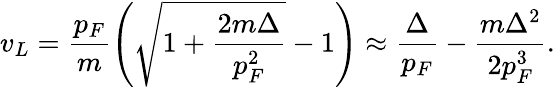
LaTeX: v_{L}=\frac{p_{F}}{m}\left(\sqrt{1+\frac{2m\Delta}{p_{F}^{2}}}-1\right)\approx\frac{\Delta}{p_{F}}-\frac{m\Delta^{2}}{2p_{F}^{3}}.